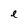
Character: e